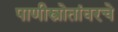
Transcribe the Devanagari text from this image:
पाणीस्त्रोतांवरचे